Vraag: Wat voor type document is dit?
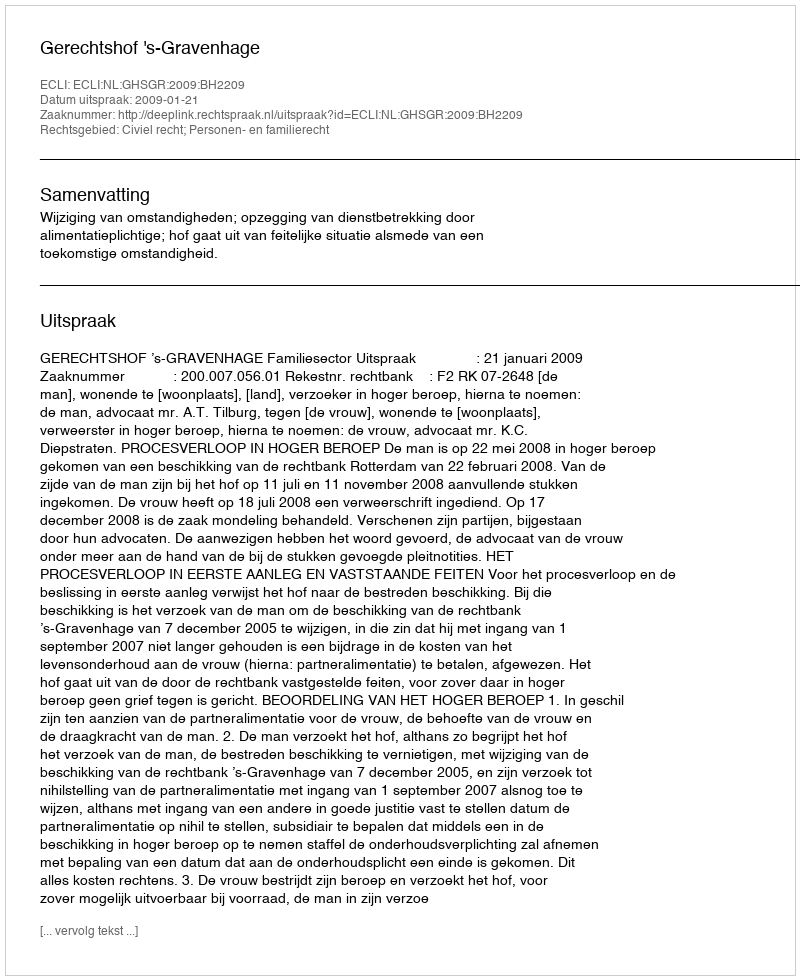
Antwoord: Uitspraak